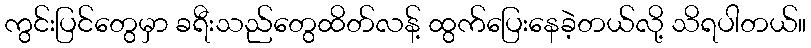
ကွင်းပြင်တွေမှာ ခရီးသည်တွေထိတ်လန့် ထွက်ပြေးနေခဲ့တယ်လို့ သိရပါတယ်။